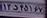
۱۲د۴۵۱۶۷